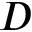
D